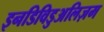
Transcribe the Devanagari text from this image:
इनडिविडुअलिज़म